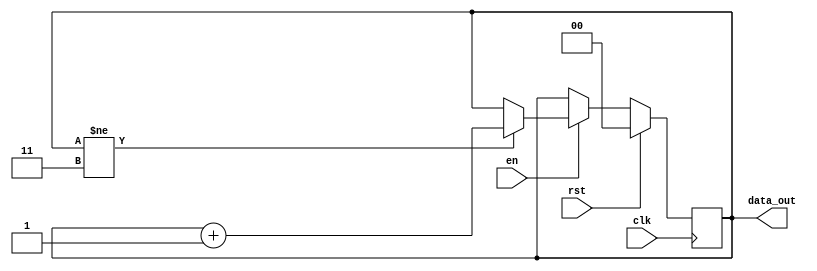
`timescale 1ns/1ps

/* Contador de 2 bits */

module counter (
  input 	   clk,
  input 	   rst,
  input 	   en,
  output reg [1:0] data_out
);

   
   always @ (posedge clk) begin
      if (rst == 1'b1) begin	/* Se tivermos um flanco ascendente e reset = 1, data_out = 0 com dois bits */
	 data_out <= 2'b0;
      end
      else if (en == 1'b1 ) begin	/* se reset diferente de 1 e enable = 1, contador  incrementado */ 
	 if(data_out != 2'b11)		/* Verifica se o contador chegou ao fim */
	    data_out <= data_out+1'b1;  /* if not incrementa */
      end
   end

endmodule